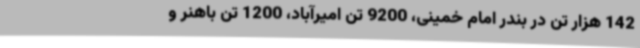
142 هزار تن در بندر امام خمینی، 9200 تن امیرآباد، 1200 تن باهنر و